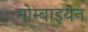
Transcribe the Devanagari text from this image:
मोम्बाइयेन